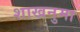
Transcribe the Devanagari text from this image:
शाखनुमा